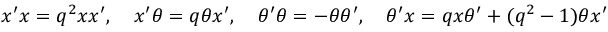
x ^ { \prime } x = q ^ { 2 } x x ^ { \prime } , \quad x ^ { \prime } \theta = q \theta x ^ { \prime } , \quad \theta ^ { \prime } \theta = - \theta \theta ^ { \prime } , \quad \theta ^ { \prime } x = q x \theta ^ { \prime } + ( q ^ { 2 } - 1 ) \theta x ^ { \prime }